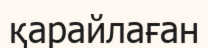
қарайлаған